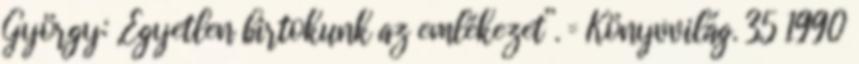
György: „Egyetlen birtokunk az emlékezet”. = Könyvvilág. 35 1990